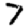
Digit: 7